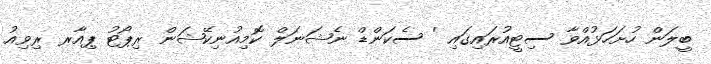
ބީލަން ހުށަހަޅުއްވާ ސިޓީއުރައިގައި ' ސެކަންޑް ނެޝަނަލް ކޮމިއުނިކޭޝަން ރިޕޯޓު ޕިއާރ ރިވިއު